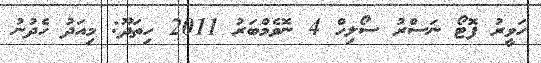
ހަވީރު ފޮޓޯ ނަސްރު ސޯލިހް 4 ނޮވެމްބަރު 2011 ހިތަދޫ: މިއަދު ހެދުނު